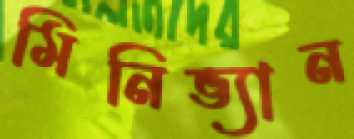
মিনিভ্যান